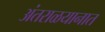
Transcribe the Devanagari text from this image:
अंतराळयानात